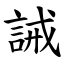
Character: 誡